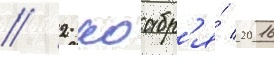
// 2 ноабр'я́ 2016